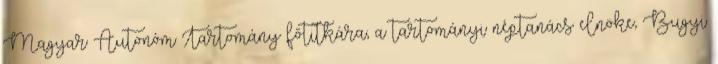
Magyar Autonóm Tartomány főtitkára, a tartományi néptanács elnöke, Bugyi